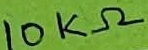
Text: 10KΩ